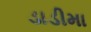
ડાડીમા